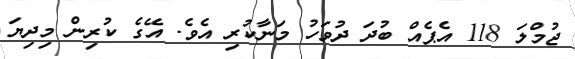
ޖުމްލަ 118 އެޕެއް ބުދަ ދުވަހު މަނާކުރި އެވެ. އޭގެ ކުރިން މިދިޔަ